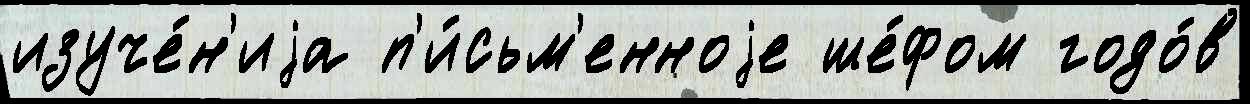
изуче́н'иjа п'и́сьм'енноjе ше́фом годо́в